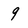
Character: 9